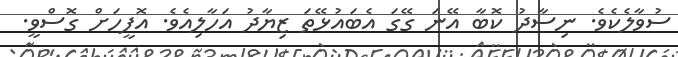
ސުވާލެކެވެ. ނިސާދު ކޮބާ އޭނަ ގޭގަ އެބައުޅޭތަ ޒިޔާދު އަހާލިއެވެ. އޮފީހަށް ގޮސްވީ.